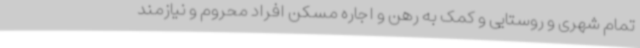
تمام شهری و روستایی و کمک به رهن و اجاره مسکن افراد محروم و نیازمند